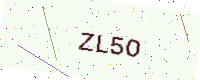
Text: ZL5O